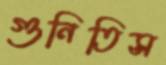
গুনিতিস